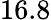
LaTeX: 16.8